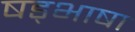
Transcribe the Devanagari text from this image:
षड्भाषा